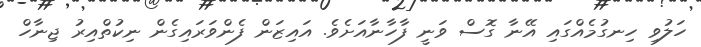
ހަލުވި ހިނގުމެއްގައި އޭނާ ގޮސް ވަނީ ފާހާނާއަށެވެ. އައިޒަން ފެންވަރައިގެން ނިކުތްއިރު ޖިނާހް